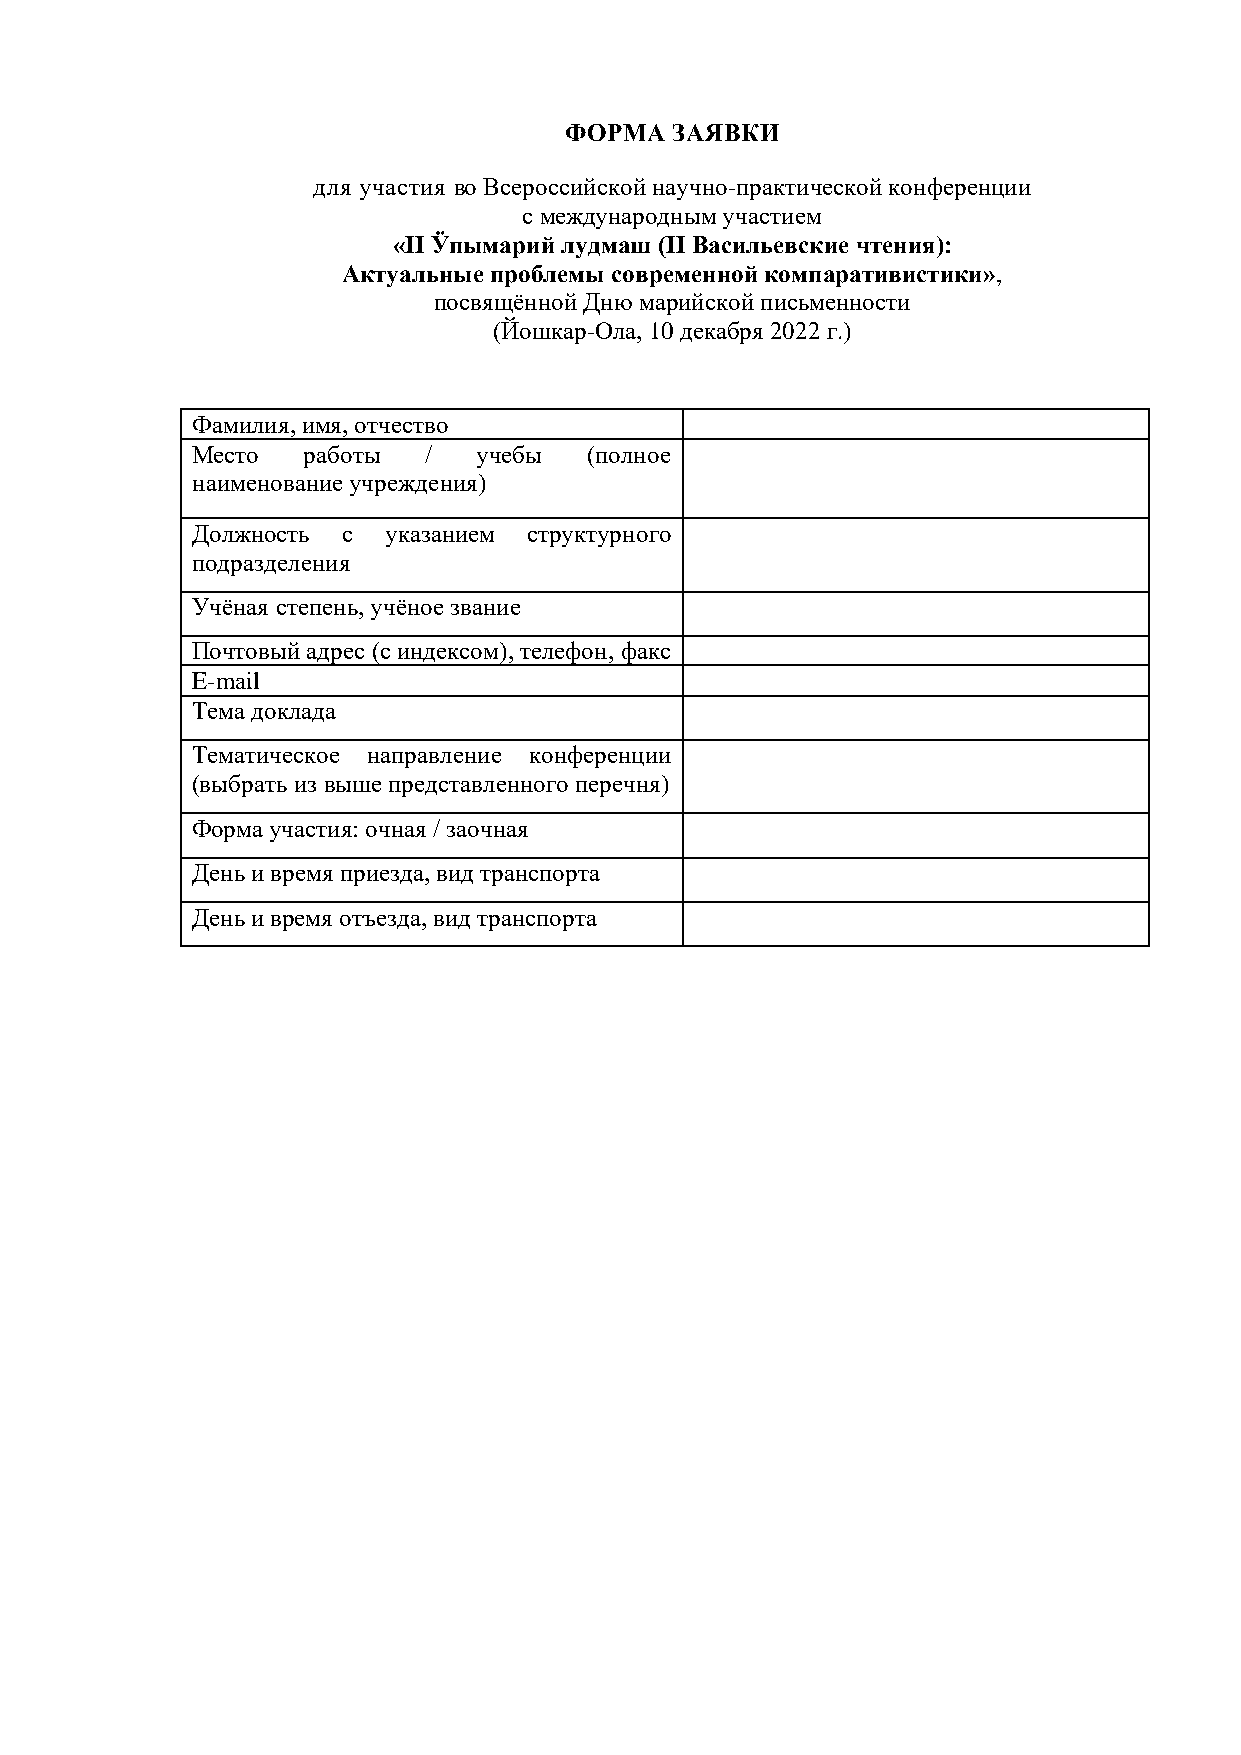
ФОРМА   ЗАЯВКИ
 для участия во Всероссийской научно-практической конференции
 с международным участием
 «II Ӱпымарий лудмаш (II Васильевские чтения):
 Актуальные проблемы современной компаративистики»,
 посвящённой Дню марийской письменности
 (Йошкар-Ола, 10 декабря 2022 г.)
 Фамилия, имя, отчество
 Место  работы  /   учебы  (полное
 наименование учреждения)
 Должность с  указанием структурного
 подразделения
 Учёная степень, учёное звание
 Почтовый адрес (с индексом), телефон, факс
 E-mail
 Тема доклада
 Тематическое направление конференции
 (выбрать из выше представленного перечня)
 Форма участия: очная / заочная
 День и время приезда, вид транспорта
 День и время отъезда, вид транспорта